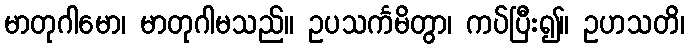
မာတုဂါမော၊ မာတုဂါမသည်။ ဥပသင်္ကမိတွာ၊ ကပ်ပြီး၍။ ဥဟသတိ၊